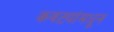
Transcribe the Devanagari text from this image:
कवट्यांमधून